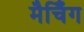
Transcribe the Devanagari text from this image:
मैचिँग